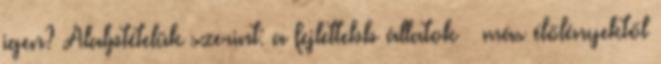
igen? Alalptételük szerint: a fejlettebb állatok – más élőlényektől